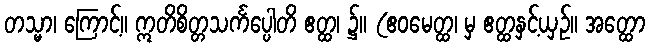
တသ္မာ၊ ကြောင့်။ ဣတိစိတ္တသင်္ကပ္ပေါတိ ဧတ္ထ၊ ၌။ (ဧဝမေတ္ထ၊ မှ ဧတ္ထနှင့်ယှဉ်။ အတ္ထော